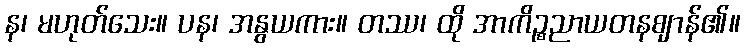
န၊ မဟုတ်သေး။ ပန၊ အနွယကား။ တဿ၊ ထို အာကိဉ္စညာယတနဈာန်၏။